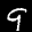
Label: 9